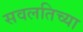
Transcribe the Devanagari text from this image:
सवलतिच्या